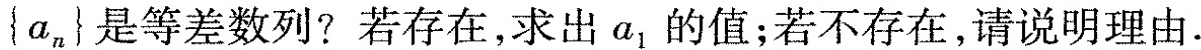
{a_{n}} 是等差数列? 若存在，求出a_{1}的值；若不存在，请说明理由.